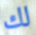
لك